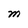
Character: M